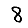
Digit: 8